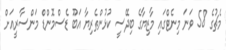
މެޗުގެ 58 ވަނަ މިނެޓްގައި މާޒިޔާގެ ބިދޭސީ ކުޅުންތެރިޔާ އަބޫ ޑެސްމޮންޑް މަންސާރީއަށް